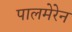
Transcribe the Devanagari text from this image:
पालमेरेन